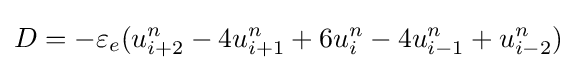
D=-\varepsilon _{e}(u_{i+2}^{n}-4u_{i+1}^{n}+6u_{i}^{n}-4u_{i-1}^{n}+u_{i-2}^{n})